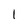
Character: 1